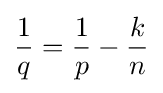
{\frac {1}{q}}={\frac {1}{p}}-{\frac {k}{n}}